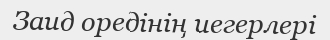
Заид оредінің иегерлері